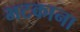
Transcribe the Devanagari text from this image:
भटकाना